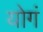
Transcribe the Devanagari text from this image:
योगं